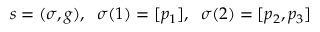
\begin{array} { r } { s = ( \sigma , g ) , \; \; \sigma ( 1 ) = [ p _ { 1 } ] , \; \; \sigma ( 2 ) = [ p _ { 2 } , p _ { 3 } ] } \end{array}